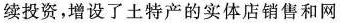
续投资，增设了土特产的实体店销售和网